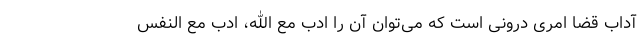
آداب قضا امری درونی است که می‌توان آن را ادب مع الله، ادب مع النفس